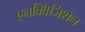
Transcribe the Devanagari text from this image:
एनक्विजिशन